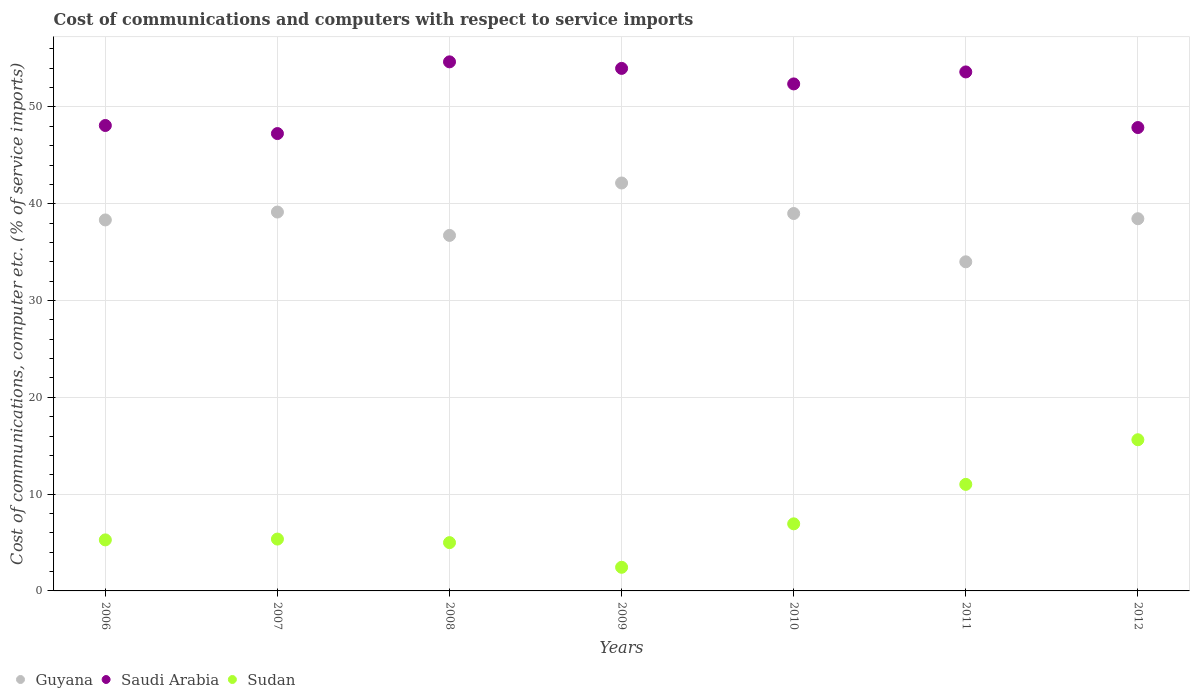
| Years | Guyana | Saudi Arabia | Sudan |
 | --- | --- | --- | --- |
 | 2006 | 38.3 | 48.1 | 5.27 |
 | 2007 | 39.1 | 47.2 | 5.36 |
 | 2008 | 36.7 | 54.7 | 4.99 |
 | 2009 | 42.1 | 54 | 2.44 |
 | 2010 | 39 | 52.4 | 6.93 |
 | 2011 | 34 | 53.6 | 11 |
 | 2012 | 38.5 | 47.9 | 15.6 |